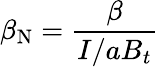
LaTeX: \beta_{\mathrm{N}}=\frac{\beta}{I/aB_{t}}